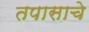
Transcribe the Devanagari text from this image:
तपासाचे